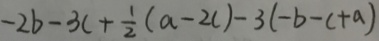
- 2 b - 3 c + \frac { 1 } { 2 } ( a - 2 c ) - 3 ( - b - c + a )